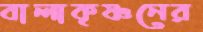
বালাকৃষ্ণনের